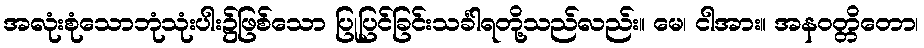
အလုံးစုံသောဘုံသုံးပါး၌ဖြစ်သော ပြုပြင်ခြင်းသင်္ခါရတို့သည်လည်း။ မေ၊ ငါအား။ အနဝတ္တိတော၊